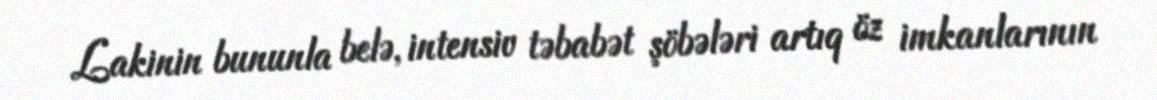
Lakinin bununla belə, intensiv təbabət şöbələri artıq öz imkanlarının